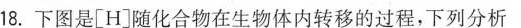
18.下图是\left[H \right]随化合物在生物体内转移的过程，下列分析